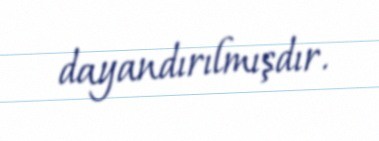
dayandırılmışdır.